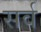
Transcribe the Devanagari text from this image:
सर्व